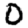
Digit: 0